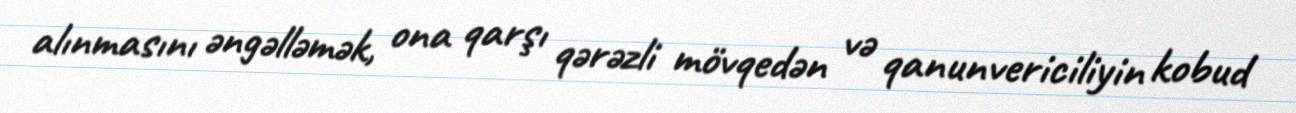
alınmasını əngəlləmək, ona qarşı qərəzli mövqedən və qanunvericiliyin kobud